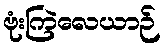
ဗုံးကြဲလေယာဉ်